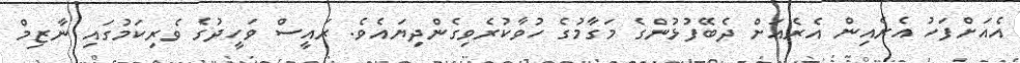
އެއަށްފަހު އެރެއިން އެރެއަށް ދެބޭފުޅުންގެ މަގާމުގެ ހުވާކުރެވިގެންދިޔައެވެ. ރައީސް ވަހީދުގެ ވެރިކަމުގައި ނާޒިމް